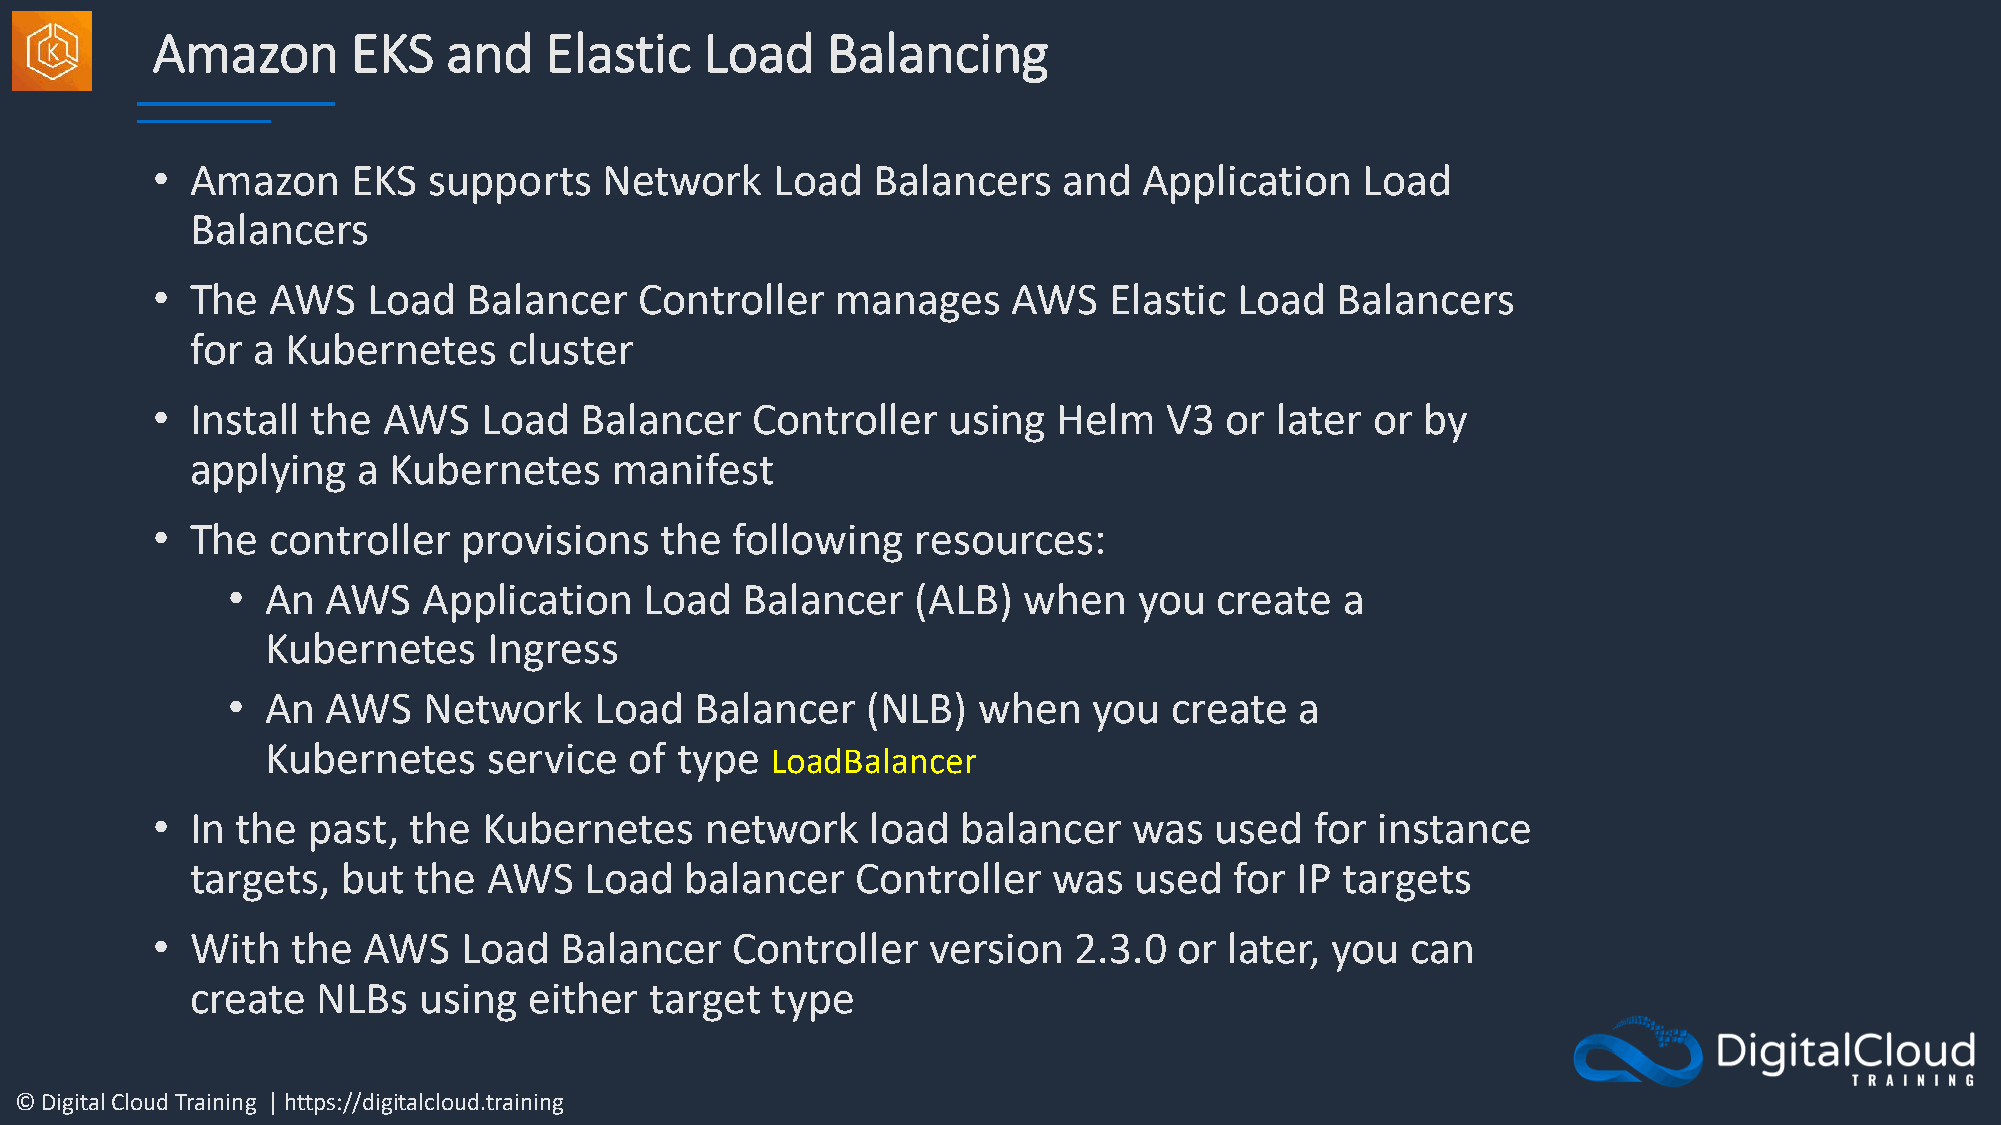
Amazon       EKS    and   Elastic    Load    Balancing
 •  Amazon    EKS  supports    Network    Load   Balancers   and   Application   Load
 Balancers
 •  The  AWS   Load   Balancer   Controller   manages     AWS   Elastic  Load  Balancers
 for a Kubernetes     cluster
 •  Install the AWS    Load  Balancer    Controller   using  Helm   V3  or later  or by
 applying   a Kubernetes     manifest
 •  The  controller   provisions   the  following   resources:
 •  An  AWS   Application    Load  Balancer    (ALB)  when   you  create   a
 Kubernetes    Ingress
 •  An  AWS   Network    Load   Balancer   (NLB)   when   you  create   a
 Kubernetes    service   of type  LoadBalancer
 •  In the past,  the  Kubernetes     network    load  balancer   was  used   for instance
 targets,  but the  AWS    Load  balancer    Controller   was  used   for IP targets
 •  With  the  AWS    Load  Balancer   Controller   version   2.3.0  or later, you  can
 create  NLBs   using  either  target  type
 © Digital Cloud Training | https://digitalcloud.training